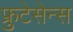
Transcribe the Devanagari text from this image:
फ्रुटेसेन्स